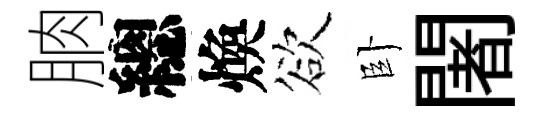
朒總煥欲卧闍